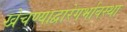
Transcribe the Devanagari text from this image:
खेचण्याद्वारेगर्भावस्था